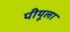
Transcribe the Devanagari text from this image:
पीयूला